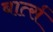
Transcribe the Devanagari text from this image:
बार्त्स